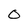
Character: 0